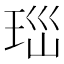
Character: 𤤼